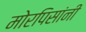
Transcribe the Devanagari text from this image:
मोरपिसांनी